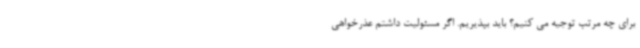
برای چه مرتب توجیه می کنیم؟ باید بپذیریم. اگر مسئولیت داشتم عذرخواهی